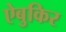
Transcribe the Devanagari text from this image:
ऐबुकिर